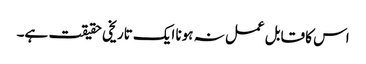
اس کا قابل عمل نہ ہونا ایک تاریخی حقیقت ہے۔